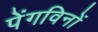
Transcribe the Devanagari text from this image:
पेंगविनों